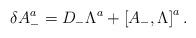
LaTeX: \begin{align*}\delta A_{-}^{a} = D_- \Lambda^{a} +\left[ A_- ,\Lambda \right]^a .\end{align*}